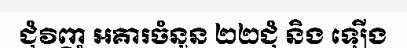
ជុំវិញ អគារចំនួន ២២ជុំ និង ឡើង